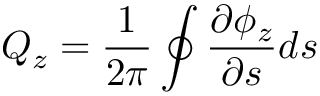
Q _ { z } = \frac { 1 } { 2 \pi } \oint \frac { \partial \phi _ { z } } { \partial s } d s